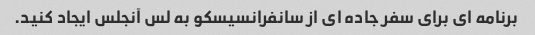
برنامه ای برای سفر جاده ای از سانفرانسیسکو به لس آنجلس ایجاد کنید.